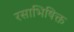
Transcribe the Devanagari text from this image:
रसाभिषिक्त